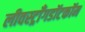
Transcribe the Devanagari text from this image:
लीवस्ट्राँगडॉटकॉम